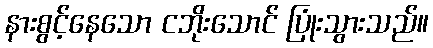
နားစွင့်နေသော ငဘိုးသောင် ပြုံးသွားသည်။